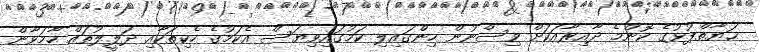
ޙަޔާތްޕުޅުގެ ކޮންމެ ދާއިރާއަކަށް ވިސްނުން ހިންގައިލި ކަމުގައިވިޔަސް އެކަމުގެ ހެކިތަކާއި ދަލީލުތައް ހާމަވާން